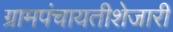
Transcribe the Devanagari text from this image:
ग्रामपंचायतीशेजारी